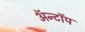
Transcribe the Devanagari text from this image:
ॲन्टॉप